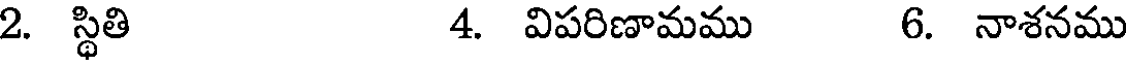
2. స్థితి 4. విపరిణామము 6. నాశనము